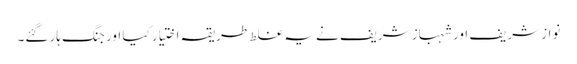
نواز شریف اور شہباز شریف نے یہ غلط طریقہ اختیار کیا اور جنگ ہار گئے۔